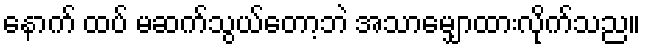
နောက် ထပ် မဆက်သွယ်တော့ဘဲ အသာမျှောထားလိုက်သည။